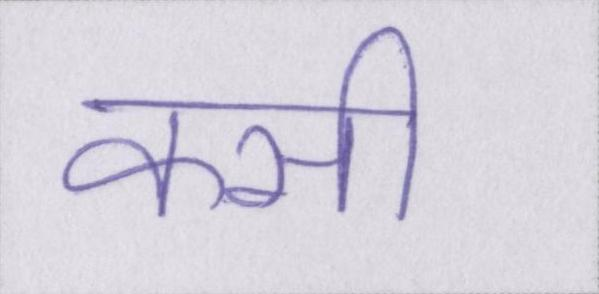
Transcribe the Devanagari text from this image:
कसी